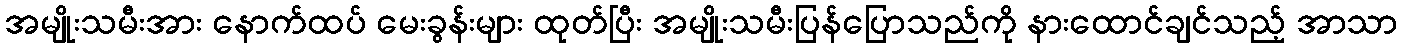
အမျိုးသမီးအား နောက်ထပ် မေးခွန်းများ ထုတ်ပြီး အမျိုးသမီးပြန်ပြောသည်ကို နားထောင်ချင်သည့် အာသာ